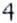
4